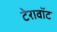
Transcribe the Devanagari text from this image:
टेरावॉट